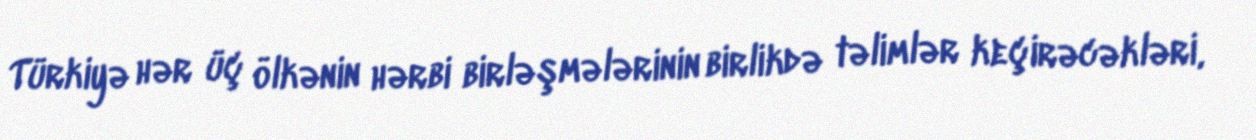
Türkiyə hər üç ölkənin hərbi birləşmələrinin birlikdə təlimlər keçirəcəkləri,